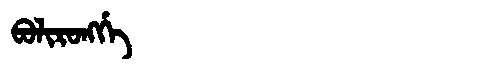
Manchu: ᠪᠣᠯᡳᡵᠣᠩᡤᡝ
Romanization: BOLIRONGGE